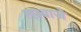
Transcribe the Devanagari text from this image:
लभ्वाजे